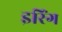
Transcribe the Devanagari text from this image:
इरिंग